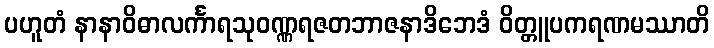
ပဟူတံ နာနာဝိဓာလင်္ကာရသုဝဏ္ဏရဇတဘာဇနာဒိဘေဒံ ဝိတ္တူပကရဏမဿာတိ